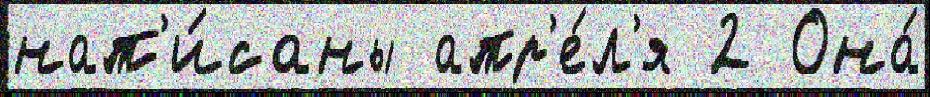
нап'и́саны апр'е́л'я 2 Она́